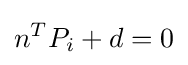
n^{T}P_{i}+d=0